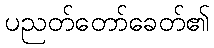
ပညတ်တော်ခေတ်၏